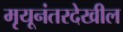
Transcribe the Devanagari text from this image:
मृयूनंतरदेखील